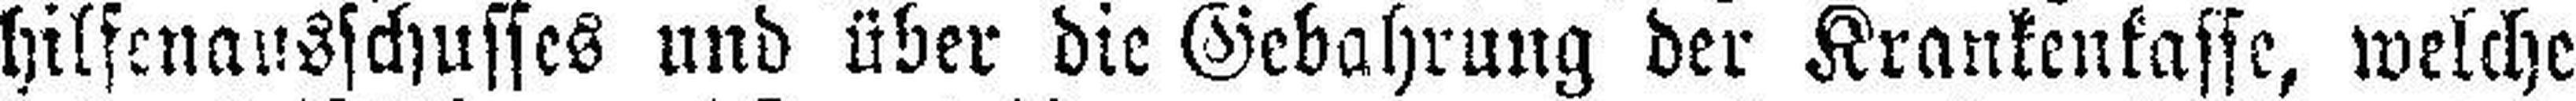
hilfenausschusses und über die Gebahrung der Krankenkasse, welche